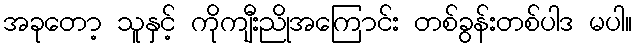
အခုတော့ သူနှင့် ကိုကျီးညိုအကြောင်း တစ်ခွန်းတစ်ပါဒ မပါ။